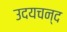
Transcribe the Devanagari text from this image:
उदयचन्द